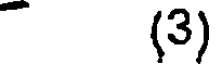
(3)